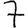
Digit: 7